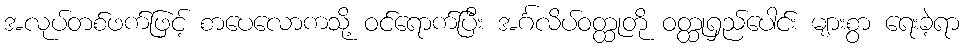
အလုပ်တစ်ဖက်ဖြင့် စာပေလောကသို့ ဝင်ရောက်ပြီး အင်္ဂလိပ်ဝတ္ထုတို ဝတ္ထုရှည်ပေါင်း များစွာ ရေးခဲ့ရာ